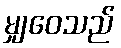
မျှဝေသည်